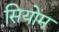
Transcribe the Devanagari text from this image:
सियोम